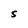
Character: S